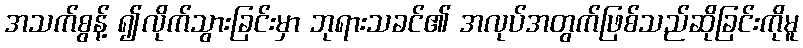
အသက်စွန့် ၍လိုက်သွားခြင်းမှာ ဘုရားသခင်၏ အလုပ်အတွက်ဖြစ်သည်ဆိုခြင်းကိုမူ